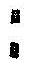
: